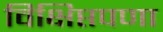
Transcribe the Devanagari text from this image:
विक्षिप्तपणा